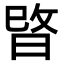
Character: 𭦖